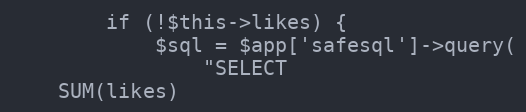
Language: PHP
        if (!$this->likes) {
            $sql = $app['safesql']->query(
                "SELECT
    SUM(likes)